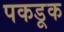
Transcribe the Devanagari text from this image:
पकडूक